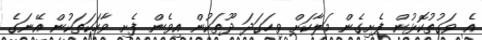
އެ ވަގުތުކޮޅުން ފެށިގެން މަލާކަށް ވިހަގަދަ ދޫތަކުން އިވެން ފެށި ވާހަކަތަކުން އޭނަގެ